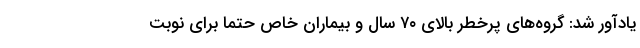
یادآور شد: گروه‌های پرخطر بالای ۷۰ سال و بیماران خاص حتما برای نوبت